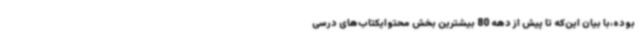
بوده،با بیان این‌که تا پیش از دهه 80 بیشترین بخش محتوایکتاب‌های درسی